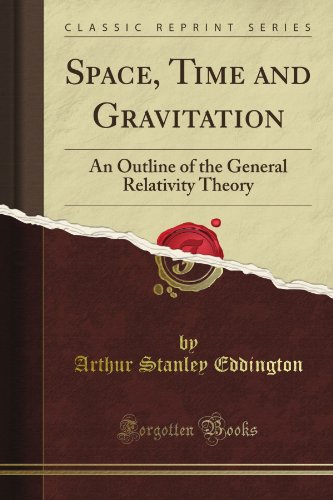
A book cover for Space, Time and Gravitation: An Outline of the General Relativity Theory (Classic Reprint); Arthur Stanley Eddington; Science & Math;